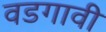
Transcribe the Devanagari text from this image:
वडगावी